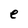
Character: e